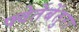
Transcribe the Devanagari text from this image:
फ्वेर्तेबेंतुरा